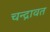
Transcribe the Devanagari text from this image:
चन्द्रावत